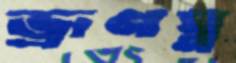
ভ্রূণঘ্ন